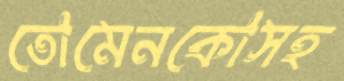
তোমেনকোসহ